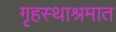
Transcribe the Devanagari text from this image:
गृहस्थाश्रमात